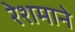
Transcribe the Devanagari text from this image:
रेशमाने